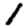
Digit: 1